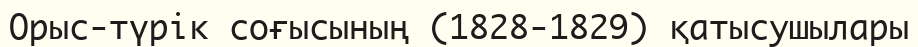
Орыс-түрік соғысының (1828-1829) қатысушылары